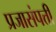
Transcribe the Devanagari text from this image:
प्रजासंपत्ती